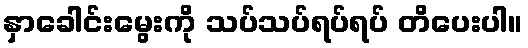
နှာခေါင်းမွေးကို သပ်သပ်ရပ်ရပ် တိပေးပါ။